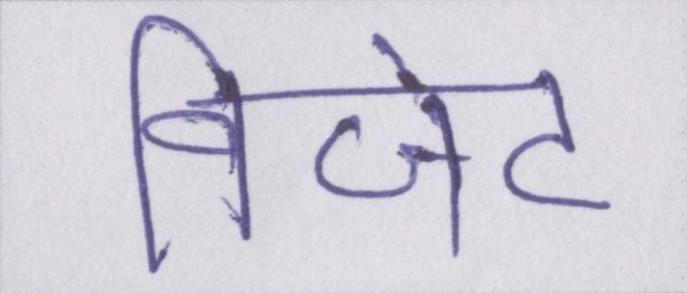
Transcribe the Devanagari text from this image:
विजेट